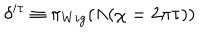
LaTeX: \delta ^ { i \tau } \equiv \pi _ { W i g } ( \Lambda ( \chi = 2 \pi \tau ) )